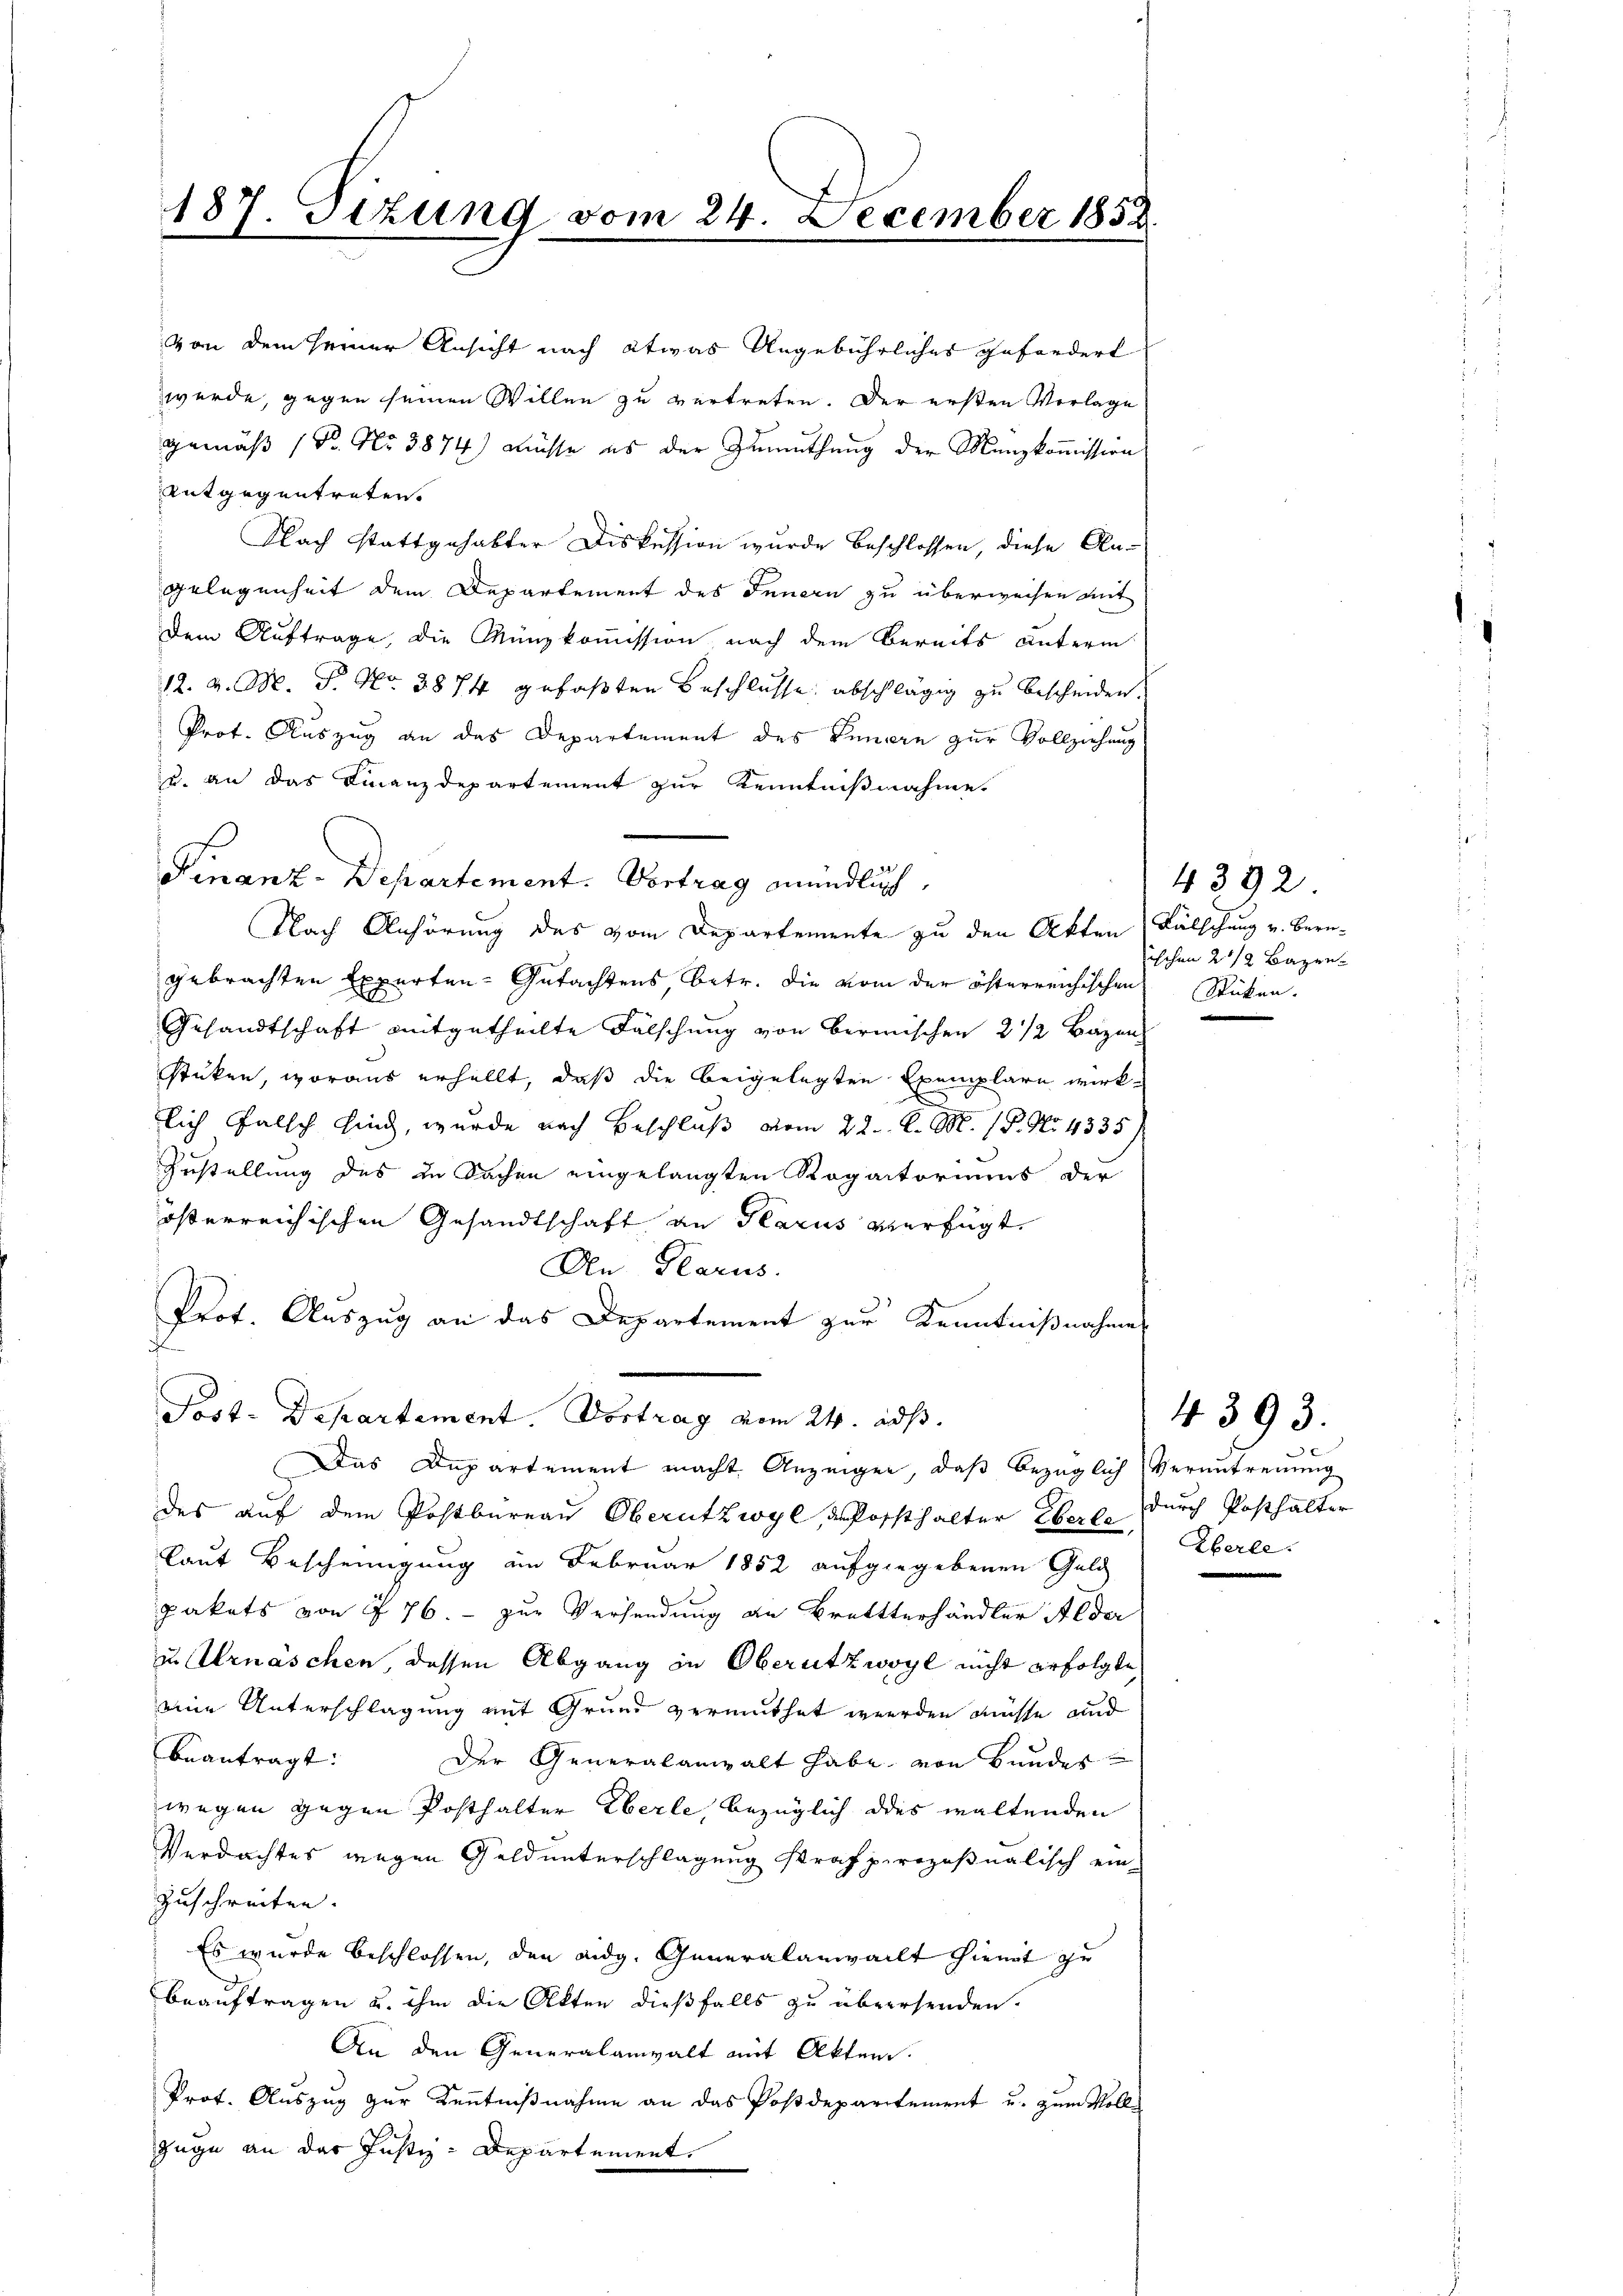
187. Sizung vom 24. December 1852

von dem seiner Ansicht nach etwas Angebührliches gefordert
werde, gegen seinen Willen zu vertreten. Der ersten Vorlage
gemäß (Pr. No 3874) müsse es der Zumuthung der Manzkommission
entgegentreten.
Flach stattgehabter Diskession wurde beschlossen, diese Angelegenheit dem Departement des Innern zu überweisen mit
Dem Auftrage, die Münzkommission nach dem bereits unterm
12. v. M. P. Nr. 3874 gefaßten Beschlüsse abschlägig zu bescheiden.
Prot. Auszug an das Departement des Innere zur Vollziehung
zu an das Finanzdepartement zur Kenntnißnahme.
Finanz-Departement. Vortrag mündlich,
Nach Anhörung des vom Departemente zu den Akten Fälschung v. Berngebrachten Experten-Gutachtens betr. die vom der österreichischen Stücken.
Gesandtschaft mitgetheilte Fälschung von Bermischen 2 1/2 Bazen
stüken, woraus erhellt, daß die beigelegten Exemplare wirklich falsch sind, wurde nach Beschluß vom 22. d. M. 18. No. 4335/
Zustellung des in Sachen eingelangten Rogatoriums der
österreichischen Gesandtschaft an Glarus verfügt.
An Glarus.
Prot. Auszug an das Departement zur Kenntnißnahme
Post-Departement. Vortrag vom 24. ds.
Das Departement macht. Anzeigen, daß bezüglich Verantreuung
des auf dem Postbureau Oberutzwyl, geforsthalter Über durch Posthalter
laut Bescheinigung am Februar 1852 aufgegebenen Geld
pakets von § 76. - zur Versendung an Brettterhändler Alder
u Urnäschen, dessen Abgang in Oberutzwyl nicht erfolgte
eine Unterschlagung mit Grund vermuthet werden müsse und
beantragt:
Der Generalanwalt habe von Bundes
wegen gegen Posthalter Eberle, bezüglich des waltenden
Verdachtes wegen Geld unterschlagung strafprozeßnalisch ein¬
Zuschreiten.
Es wurde beschlossen, den eidg. Generalanwallt hiemit zu
beauftragen u. ihm die Akten dießfalls zu übersenden.
An den Generalanwalt mit Akten.
Prot. Auszug zur Kenntnißnahme an das Postdepartement u. zum Voll¬
Zuge an das Justiz-Departement.

4392.
ischen 2 1/2 Bazen

Eberle

4393.